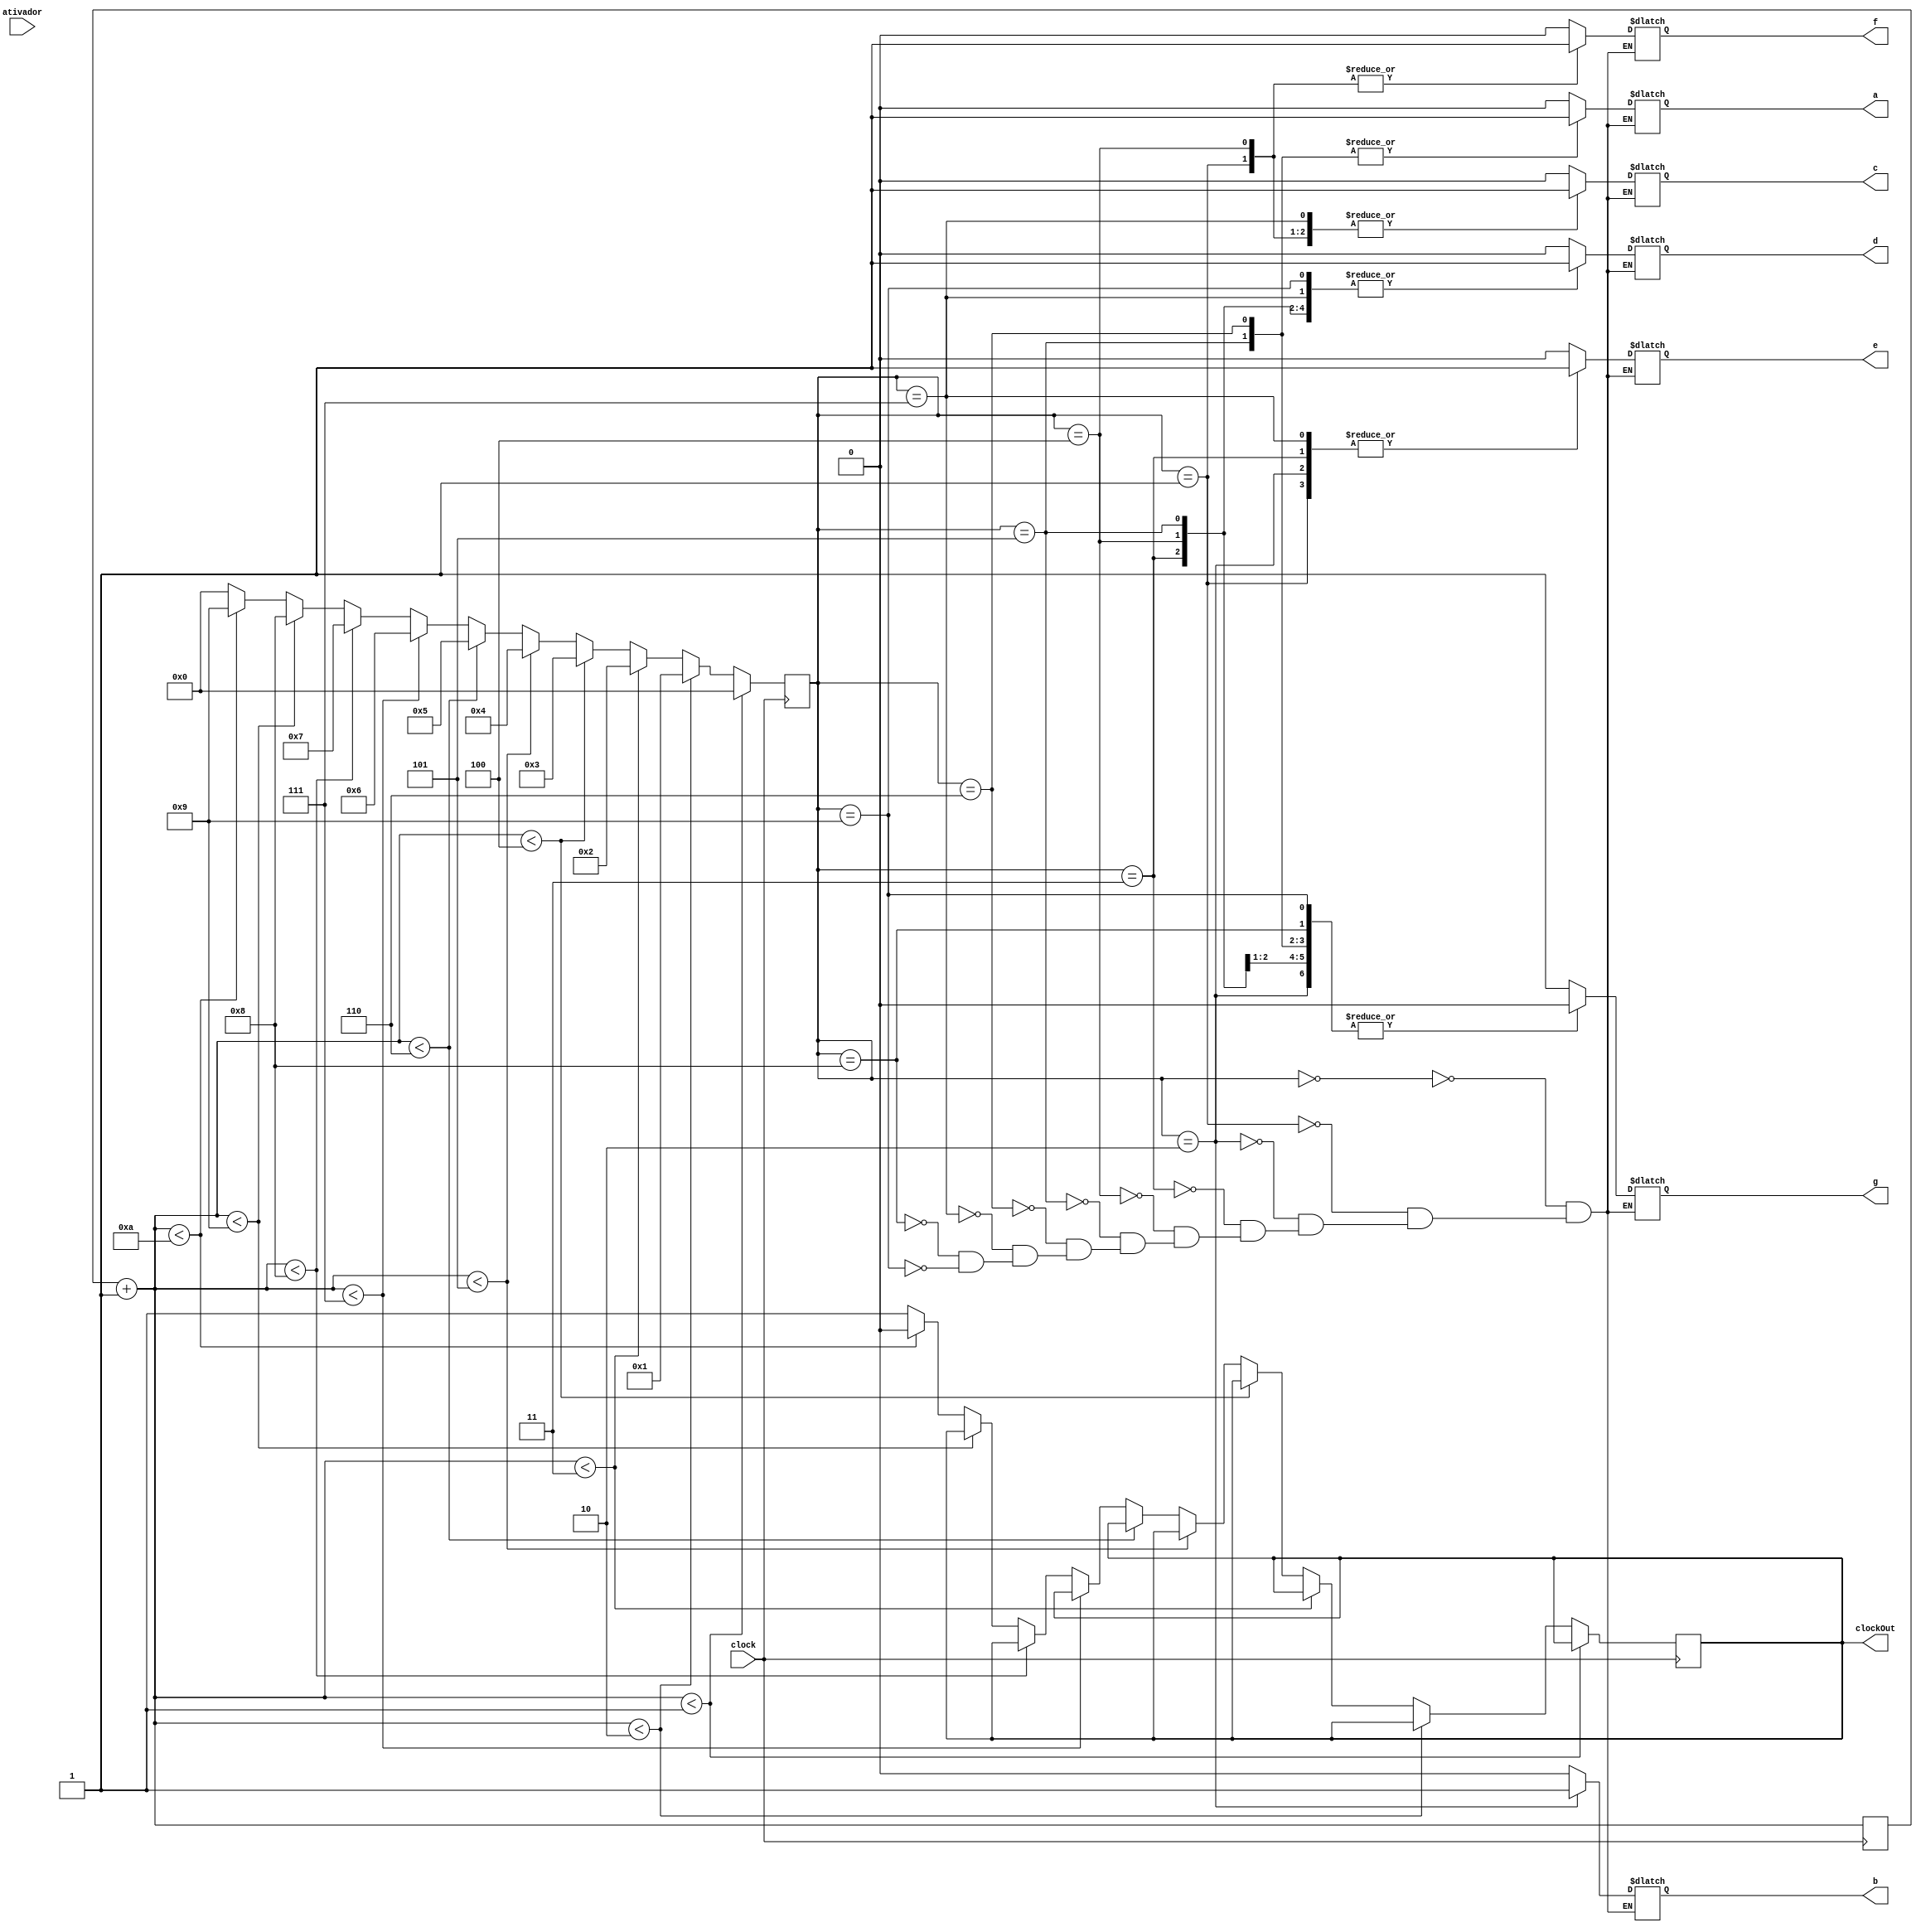
module digit0to9(clock, a, b, c, d, e, f, g, clockOut, ativador);
input clock;
input ativador;
output reg clockOut, a, b, c, d, e, f, g;
reg [31:0] count;
reg [3:0] estado;

always @(posedge clock) begin
	count = count + 1;
	if(count < 1)
		estado = 0;
	else
		if(count < 2)
			estado = 1;
	else
		if(count < 3)
			estado = 2;
	else
		if(count < 4)
			estado = 3;
	else
		if(count < 5)
			estado = 4;
	else
		if(count < 6)
			estado = 5;
	else
		if(count < 7)
			estado = 6;
	else
		if(count < 8)
			estado = 7;
	else
		if(count < 9)
			estado = 8;
	else
		if(count < 10)begin
			estado = 9;	
			clockOut = 0;
	end
	else begin
			estado = 0;
			clockOut = 1;
	end
end
always @(estado) begin
	case(estado)
	0 : begin a <= 0 ; b <= 0 ; c <= 0 ; d <= 0 ; e <= 0 ; f <= 0 ; g <= 1 ;end
	1 : begin a <= 0 ; b <= 0 ; c <= 1 ; d <= 1 ; e <= 1 ; f <= 1 ; g <= 1 ;end
	2 : begin a <= 0 ; b <= 1 ; c <= 0 ; d <= 0 ; e <= 1 ; f <= 0 ; g <= 0 ;end
	3 : begin a <= 0 ; b <= 0 ; c <= 0 ; d <= 1 ; e <= 1 ; f <= 0 ; g <= 0 ;end
	4 : begin a <= 0 ; b <= 0 ; c <= 1 ; d <= 1 ; e <= 0 ; f <= 1 ; g <= 0 ;end
	5 : begin a <= 1 ; b <= 0 ; c <= 0 ; d <= 1 ; e <= 0 ; f <= 0 ; g <= 0 ;end
	6 : begin a <= 1 ; b <= 0 ; c <= 0 ; d <= 0 ; e <= 0 ; f <= 0 ; g <= 0 ;end
	7 : begin a <= 0 ; b <= 0 ; c <= 1 ; d <= 1 ; e <= 1 ; f <= 0 ; g <= 1 ;end
	8 : begin a <= 0 ; b <= 0 ; c <= 0 ; d <= 0 ; e <= 0 ; f <= 0 ; g <= 0 ;end
	9 :	begin a <= 0 ; b <= 0 ; c <= 0 ; d <= 1 ; e <= 0 ; f <= 0 ; g <= 0 ;end
	endcase
end
endmodule